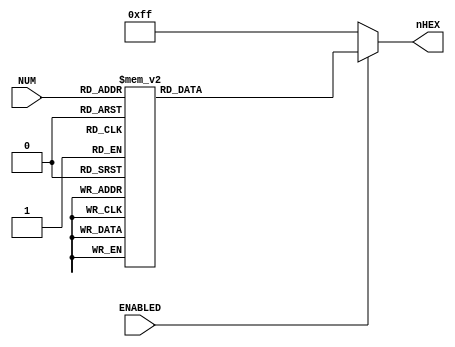
module LEDDecoder (
	input [3:0] NUM,
	input ENABLED,
	output reg [7:0] nHEX
);

always @* begin
	if (ENABLED)
		case (NUM)
			4'h0: nHEX = 8'b11000000;
			4'h1: nHEX = 8'b11111001;
			4'h2: nHEX = 8'b10100100;
			4'h3: nHEX = 8'b10110000;
			4'h4: nHEX = 8'b10011001;
			4'h5: nHEX = 8'b10010010;
			4'h6: nHEX = 8'b10000010;
			4'h7: nHEX = 8'b11011000;
			4'h8: nHEX = 8'b10000000;
			4'h9: nHEX = 8'b10010000;
			4'ha: nHEX = 8'b10001000;
			4'hb: nHEX = 8'b10000011;
			4'hc: nHEX = 8'b11000110;
			4'hd: nHEX = 8'b10100001;
			4'he: nHEX = 8'b10000110;
			4'hf: nHEX = 8'b10001110;
		endcase
	else
		nHEX = 8'b11111111;
end

endmodule